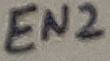
Text: EN2